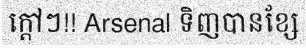
ក្តៅៗ!! Arsenal ទិញបានខ្សែ